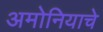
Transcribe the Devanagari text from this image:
अमोनियाचे